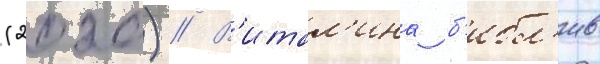
(2020) // В'итал'ина б'ибл'ив